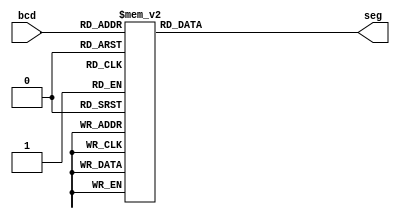
module bcdto7segment(bcd,seg);
 input [3:0] bcd;
    output [6:0] seg;
    reg [6:0] seg;
    
    always @(bcd)
        begin
            case (bcd) //case statement
                0 : seg = 7'b0000001;
                1 : seg = 7'b1001111;
                2 : seg = 7'b0010010;
                3 : seg = 7'b0000110;
                4 : seg = 7'b1001100;
                5 : seg = 7'b0100100;
                6 : seg = 7'b0100000;
                7 : seg = 7'b0001111;
                8 : seg = 7'b0000000;
                9 : seg = 7'b0000100;
                //switch off 7 segment character when the bcd digit is not a decimal number.
                default : seg = 7'b1111111; 
            endcase
        end
        
endmodule